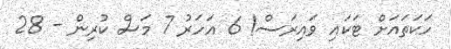
ހަކަތައަށް ޓަކައި ވައިރަސް! 6 އަހަރު 7 މަސް ކުރިން - 28